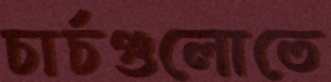
চার্চগুলোতে